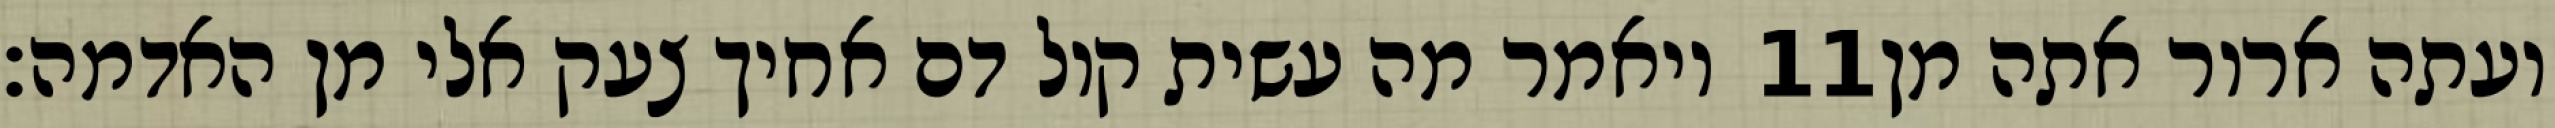
ויאמר מה עשית קול דם אחיך צעק אלי מן האדמה׃ ‎11‏ ועתה ארור אתה מן